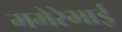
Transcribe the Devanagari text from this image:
ममेरेभाई